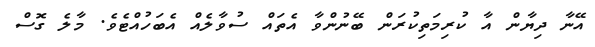
އޭނާ ދިޔާން އާ ކުރިމަތިކުރަން ބޭނުންވާ އެތައް ސުވާލެއް އެބަހުއްޓެވެ. މާލެ ގޮސް